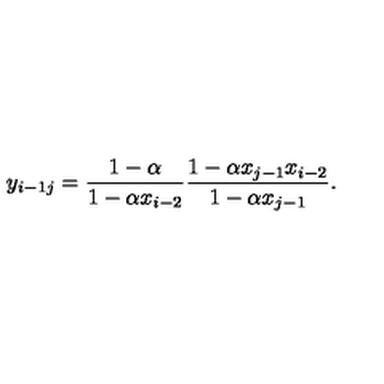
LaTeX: y _ { i - 1 j } = \frac { 1 - \alpha } { 1 - \alpha x _ { i - 2 } } \frac { 1 - \alpha x _ { j - 1 } x _ { i - 2 } } { 1 - \alpha x _ { j - 1 } } .